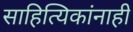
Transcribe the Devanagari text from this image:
साहित्यिकांनाही